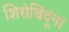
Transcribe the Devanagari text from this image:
शिरोबिंदूंना